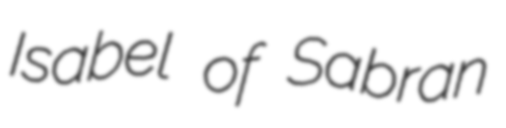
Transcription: Isabel of Sabran